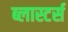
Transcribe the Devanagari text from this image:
ब्लास्टर्स